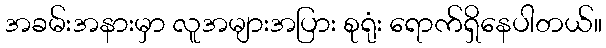
အခမ်းအနားမှာ လူအများအပြား စုရုံး ရောက်ရှိနေပါတယ်။